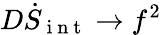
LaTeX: D\dot{S}_{\mathrm{~i~n~t~}}\rightarrow f^{2}